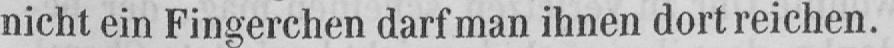
nicht ein Fingerchen darf man ihnen dort reichen.